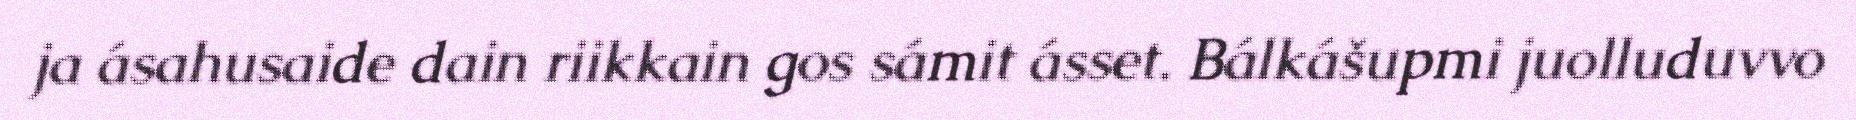
ja ásahusaide dain riikkain gos sámit ásset. Bálkášupmi juolluduvvo